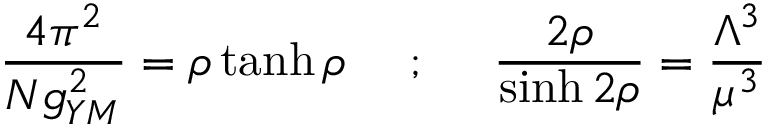
\frac { 4 \pi ^ { 2 } } { N g _ { Y M } ^ { 2 } } = \rho \operatorname { t a n h } \rho ~ ~ ~ ~ ; ~ ~ ~ ~ \frac { 2 \rho } { \sinh 2 \rho } = \frac { \Lambda ^ { 3 } } { \mu ^ { 3 } }